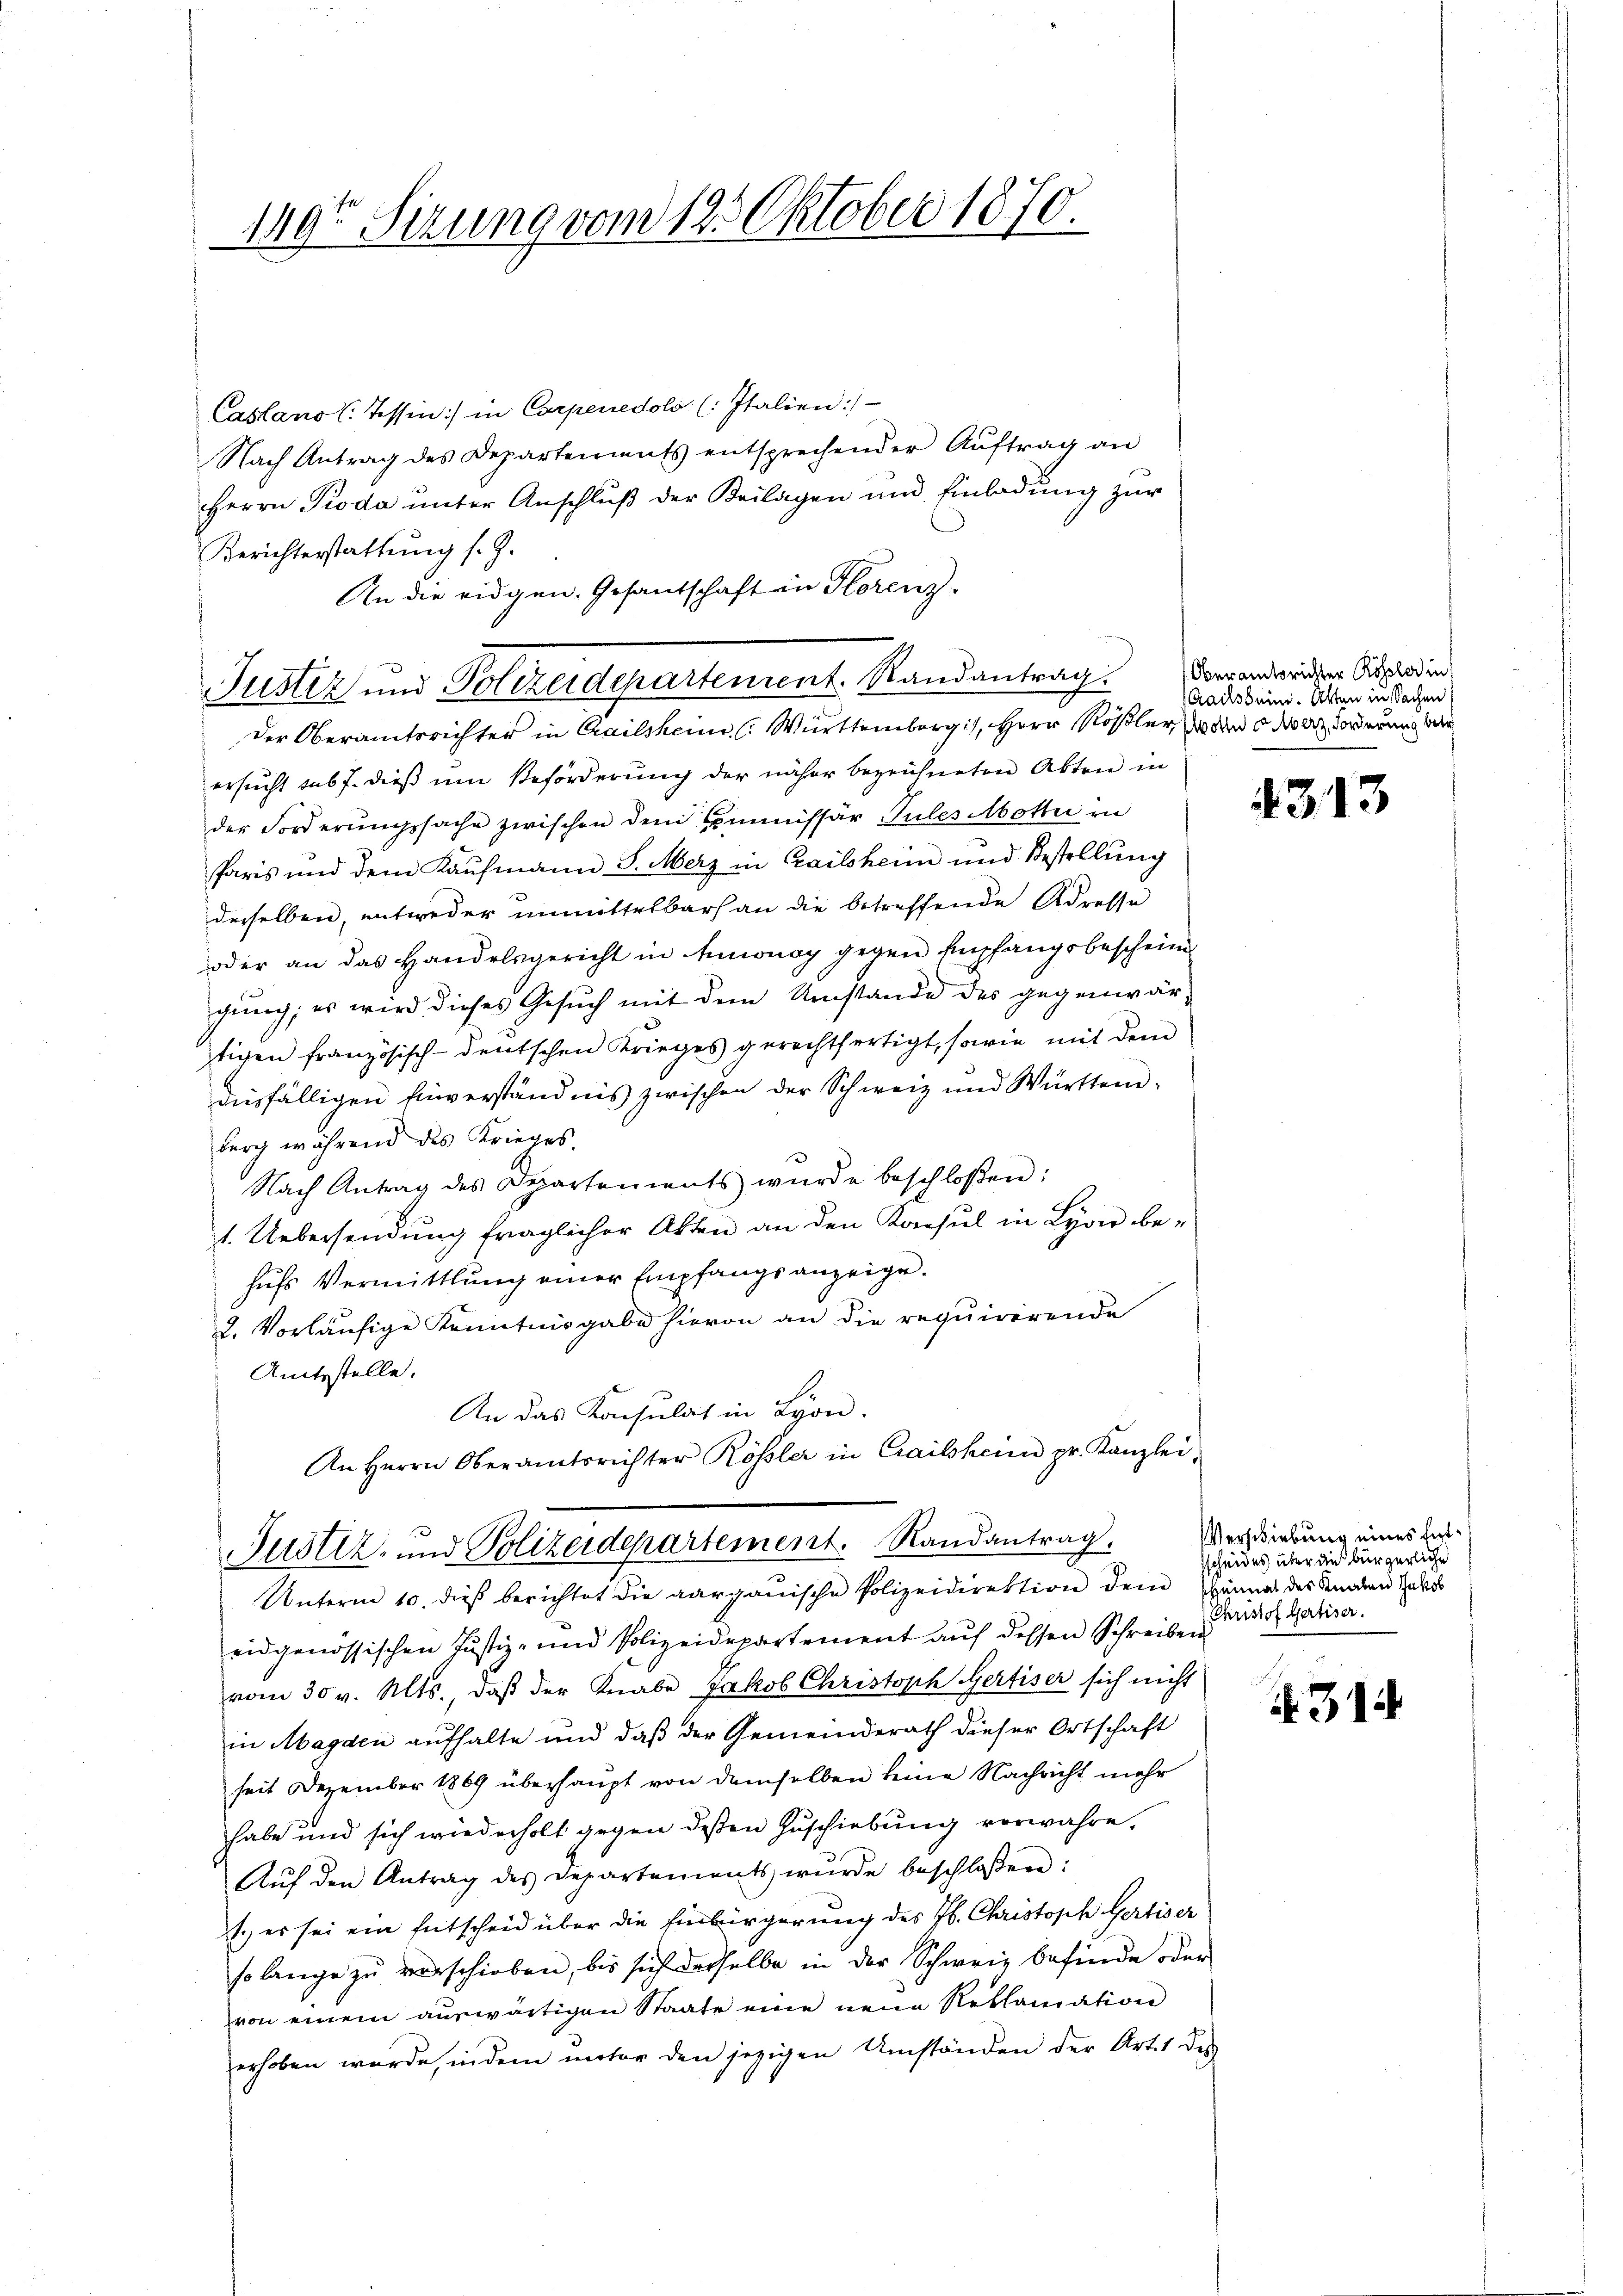
149 Sizung vom 125. Oktober 1870.

Casano (Tessin:/ in Corpenedolo (: Italien:/
Nach Antrag des Departenmats entsprechender Aŭftrag an
Herrn Pioda unter Anschluß der Beilagen und Einladung zur
Berichterstattung s. Z.
An die eidgen. Gesandschaft in Florenz-
ersucht subt. dieß um Beförderung der näher bezeichneten Akten in
der Forderungssache zwischen dem Commissär Pules Motti in
Paris und dem Kaŭfmann S. Merz in Zailsheim und Bestellŭng
derselben, entweder unmittelbars an die betreffende Adresse
oder an das Handelsgericht in Annonay gegen Empfangsbeschein
gung; es wird dieses Gesuch mit dem Umstände des gegenwärstigen französisch-deutschen Krieges gerechtfertigt, sowie mit dem
diesfälligen Einverständnis zwischen der Schweiz und Württemburg während des Krieges.
Nach Antrag des Departements wurde beschloßen:
1. Uebersendung fraglicher Akten an den Konsul in Lyon be-
hufs Vermittlung einer Empfangsanzeige.
2. Vorläufige Kenntnisgabe hievon an die requirirende
Amtsstelle.
An das Konsulat in Lyon.
An Herrn Oberamtsrichter Rössler in Crailsheim pr. Kanzlei-

Justiz und Polizeidepartement. Randantrag.
Der Oberamtsrichter in Crailsheim ( Württembergis, Herr Rösler, wo der oder Forderung bere

Justiz- und Polizeidepartement. Randantrag.
Unterm 10. dieß berichtet die aargauische Polizeidirektion dem Hännal des Knaben Jako

Oberamtsrichter Rössler in
ails sein. Alten in Sachen

eidgenössischen Justiz- und Polizeidepartement aŭf dessen Schreiben-
vom 30 v. Mts., daß der Knabe Jakob Christoph Gertiser sich nicht
in Magden aufhalte und daß der Gemeinderath dieser Ortschaft
seit Dezember 1869 überhaupt von demselben keine Nachricht mehr
habe und sich wiederholt gegen dessen Zuschiebung verwahre,
Aŭf den Antrag des Departements wŭrde beschloßen:
1.) es sei ein Entscheid über die Einbürgerung des Jb. Christoph Gertiser
so lange zu verschieben, bis sich desselbe in der Schweiz befinde oder
von einem auswärtigen Staate eine neue Reklamation
erhoben würde, indem unter den jezigen Umständen der Art. 1 des

4313

Verschiebung eines Entsscheides über die bürgerliche
Christof Gertiser.

4314